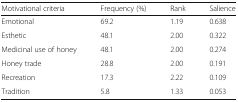
<table><thead><tr><td><b>Motivational criteria</b></td><td><b>Frequency (%)</b></td><td><b>Rank</b></td><td><b>Salience</b></td></tr></thead><tbody><tr><td>Emotional</td><td>69.2</td><td>1.19</td><td>0.638</td></tr><tr><td>Esthetic</td><td>48.1</td><td>2.00</td><td>0.322</td></tr><tr><td>Medicinal use of honey</td><td>48.1</td><td>2.00</td><td>0.274</td></tr><tr><td>Honey trade</td><td>28.8</td><td>2.00</td><td>0.191</td></tr><tr><td>Recreation</td><td>17.3</td><td>2.22</td><td>0.109</td></tr><tr><td>Tradition</td><td>5.8</td><td>1.33</td><td>0.053</td></tr></tbody></table>